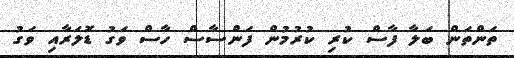
ތަންތަން ބަލާ ފާސް ކުރި ކުރުމުން ފަންސާސް ހާސް ވަގު ޑޮލަރާއި ވަގު